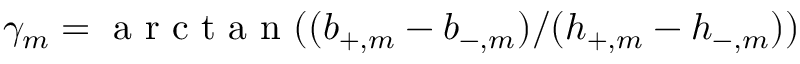
\gamma _ { m } = \textrm { a r c t a n } ( ( b _ { + , m } - b _ { - , m } ) / ( h _ { + , m } - h _ { - , m } ) )